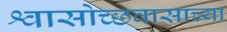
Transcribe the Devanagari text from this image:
श्वासोच्छवासाच्या